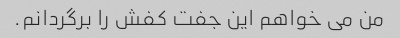
من می خواهم این جفت کفش را برگردانم.